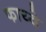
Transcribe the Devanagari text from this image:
फाय्दे